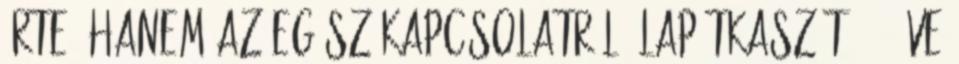
érte, hanem az egész Kapcsolatról. lapátkaszát – 1 éve